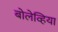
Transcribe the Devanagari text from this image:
बोलेव्हिया